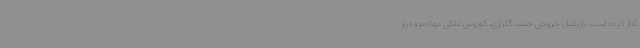
آغاز کرده است. بازیکنان خروجی حمید گلزاری، کوروش ملکی مهاجم و درو